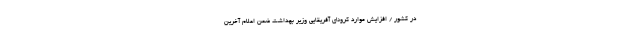
در کشور / افزایش موارد کرونای آفریقایی وزیر بهداشت ضمن اعلام آخرین